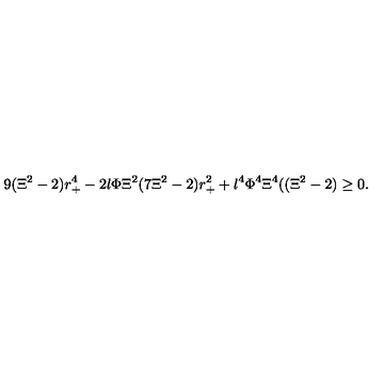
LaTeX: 9 ( \Xi ^ { 2 } - 2 ) r _ { + } ^ { 4 } - 2 l \Phi \Xi ^ { 2 } ( 7 \Xi ^ { 2 } - 2 ) r _ { + } ^ { 2 } + l ^ { 4 } \Phi ^ { 4 } \Xi ^ { 4 } ( ( \Xi ^ { 2 } - 2 ) \geq 0 .